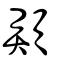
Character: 頯